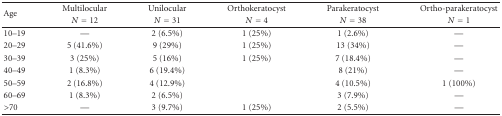
<table><thead><tr><td rowspan="2"><b>Age</b></td><td><b>Multilocular</b></td><td><b>Unilocular</b></td><td><b>Orthokeratocyst</b></td><td><b>Parakeratocyst</b></td><td><b>Ortho-parakeratocyst</b></td></tr><tr><td><b><i>N</i> = 12</b></td><td><b><i>N</i> = 31</b></td><td><b><i>N</i> = 4</b></td><td><b><i>N</i> = 38</b></td><td><b><i>N</i> = 1</b></td></tr></thead><tbody><tr><td>10–19</td><td> —</td><td>2 (6.5%)</td><td>1 (25%)</td><td>1 (2.6%)</td><td>—</td></tr><tr><td>20–29</td><td>5 (41.6%)</td><td>9 (29%)</td><td>1 (25%)</td><td>13 (34%)</td><td>—</td></tr><tr><td>30–39</td><td>3 (25%)</td><td>5 (16%)</td><td>1 (25%)</td><td>7 (18.4%)</td><td> —</td></tr><tr><td>40–49</td><td>1 (8.3%)</td><td>6 (19.4%)</td><td></td><td>8 (21%)</td><td> —</td></tr><tr><td>50–59</td><td>2 (16.8%)</td><td>4 (12.9%)</td><td></td><td>4 (10.5%)</td><td> 1 (100%)</td></tr><tr><td>60–69</td><td> 1 (8.3%)</td><td> 2 (6.5%)</td><td></td><td> 3 (7.9%)</td><td> —</td></tr><tr><td> &gt;70</td><td> —</td><td> 3 (9.7%)</td><td> 1 (25%)</td><td> 2 (5.5%)</td><td> —</td></tr></tbody></table>